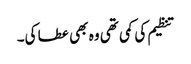
تنظیم کی کمی تھی وہ بھی عطا کی۔